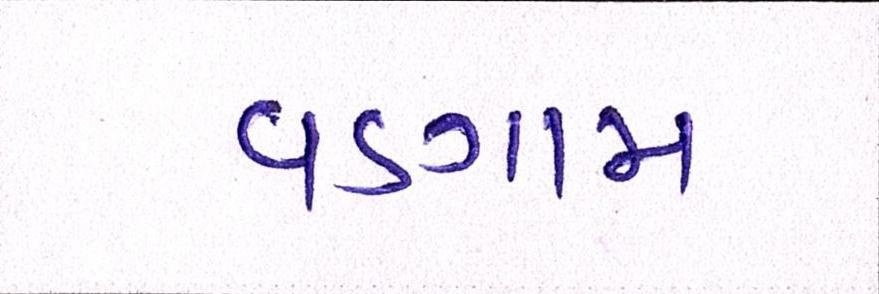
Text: વડગામ